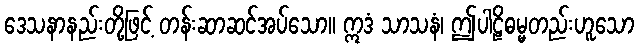
ဒေသနာနည်းတို့ဖြင့် တန်းဆာဆင်အပ်သော။ ဣဒံ သာသနံ၊ ဤပါဠိဓမ္မတည်းဟူသော